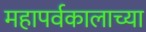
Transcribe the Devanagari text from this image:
महापर्वकालाच्या